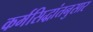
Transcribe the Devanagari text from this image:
कर्मसिद्धांतनुसार